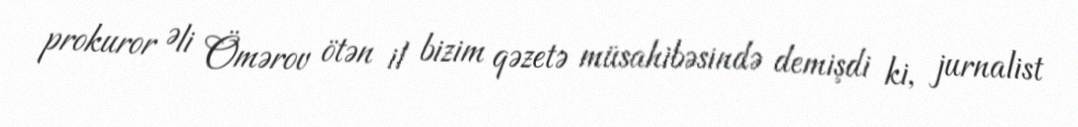
prokuror Əli Ömərov ötən il bizim qəzetə müsahibəsində demişdi ki, jurnalist